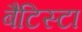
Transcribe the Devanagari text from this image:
बैटिस्टा